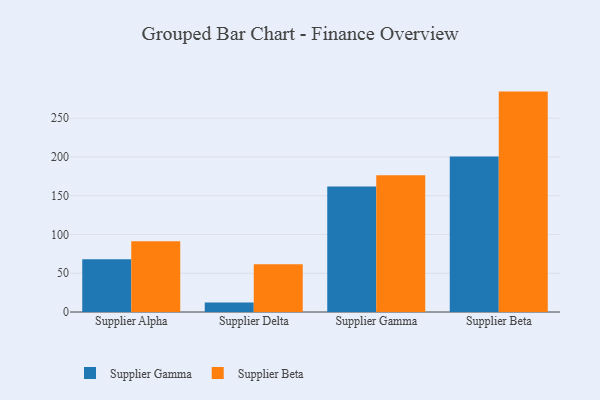
{"axis": {"x": "Supplier", "y": "Website Visitors"}, "legend": ["Supplier Beta", "Supplier Gamma"], "data": [{"x": "Supplier Alpha", "y": 68.1, "type": "Supplier Gamma"}, {"x": "Supplier Alpha", "y": 91.3, "type": "Supplier Beta"}, {"x": "Supplier Delta", "y": 12.2, "type": "Supplier Gamma"}, {"x": "Supplier Delta", "y": 61.6, "type": "Supplier Beta"}, {"x": "Supplier Gamma", "y": 161.8, "type": "Supplier Gamma"}, {"x": "Supplier Gamma", "y": 176.4, "type": "Supplier Beta"}, {"x": "Supplier Beta", "y": 200.7, "type": "Supplier Gamma"}, {"x": "Supplier Beta", "y": 284.3, "type": "Supplier Beta"}]}